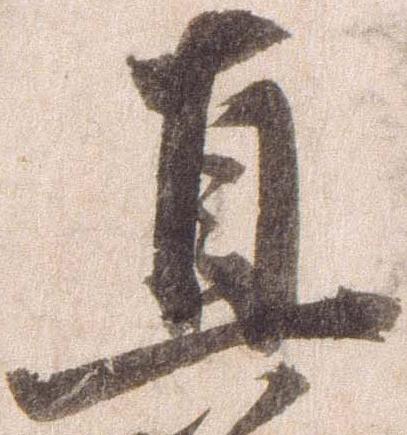
直